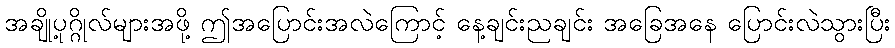
အချို့ပုဂ္ဂိုလ်များအဖို့ ဤအပြောင်းအလဲကြောင့် နေ့ချင်းညချင်း အခြေအနေ ပြောင်းလဲသွားပြီး